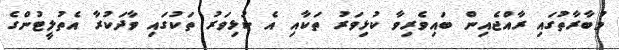
މުބާރާތުގައި ރާއްޖެއިން ބައިވެރިވާ ކުޅިވަރު ތަކާއި އެ ކުޅިވަރު ތަކުގައި ވާދަކުރާ އެތުލީޓުންގެ